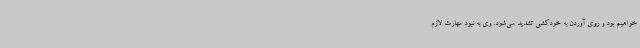
خواهیم بود و روی آوردن به خودکشی تشدید می‌شود. وی به نبود مهارت لازم